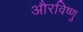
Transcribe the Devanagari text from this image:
औरविष्णु